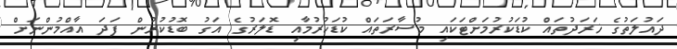
ދައުލަތުގެ ޚަރަދުތައް ކުޑަކުރުމަށްޓަކައި މުސާރަތައް ކުޑަކުރުމާއި ޑޮލަރުގެ އަގު ބޮޑުކުރުން ފަދަ އާއްމުންނަށް